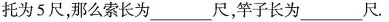
托为5尺，那么索长为___尺，竿子长为___尺。